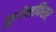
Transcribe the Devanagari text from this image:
कुगेलफिशर